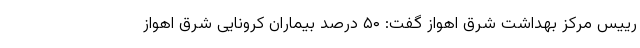
رییس مرکز بهداشت شرق اهواز گفت: ۵۰ درصد بیماران کرونایی شرق اهواز